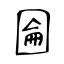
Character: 圇